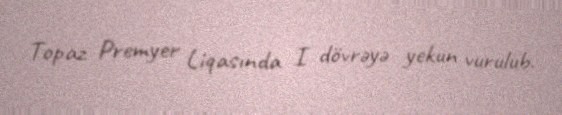
Topaz Premyer Liqasında I dövrəyə yekun vurulub.